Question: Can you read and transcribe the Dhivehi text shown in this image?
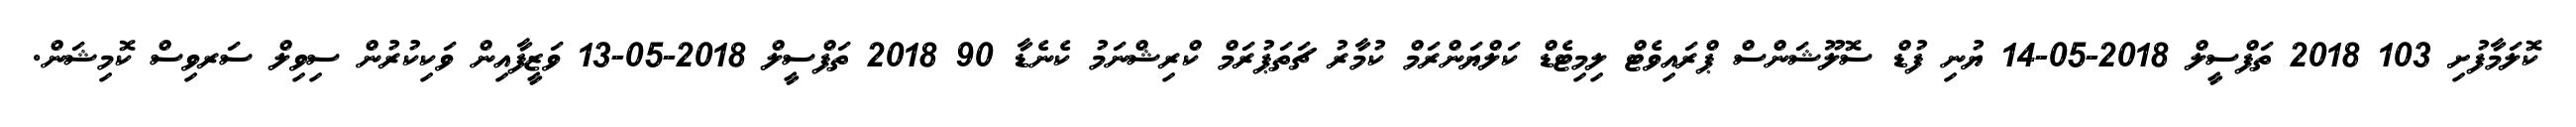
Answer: ކޮލަމާފުށި 103 2018 ތަފްސީލް 2018-05-14 ޔުނި ފުޑް ސޮލޫޝަންސް ޕްރައިވެޓް ލިމިޓެޑް ކަލްޔަންރަމް ކުމާރު ޗަތަޕުރަމް ކްރިޝްނަމު ކެނެޑާ 90 2018 ތަފްސީލް 2018-05-13 ވަޒީފާއިން ވަކިކުރުން ސިވިލް ސަރވިސް ކޮމިޝަން.